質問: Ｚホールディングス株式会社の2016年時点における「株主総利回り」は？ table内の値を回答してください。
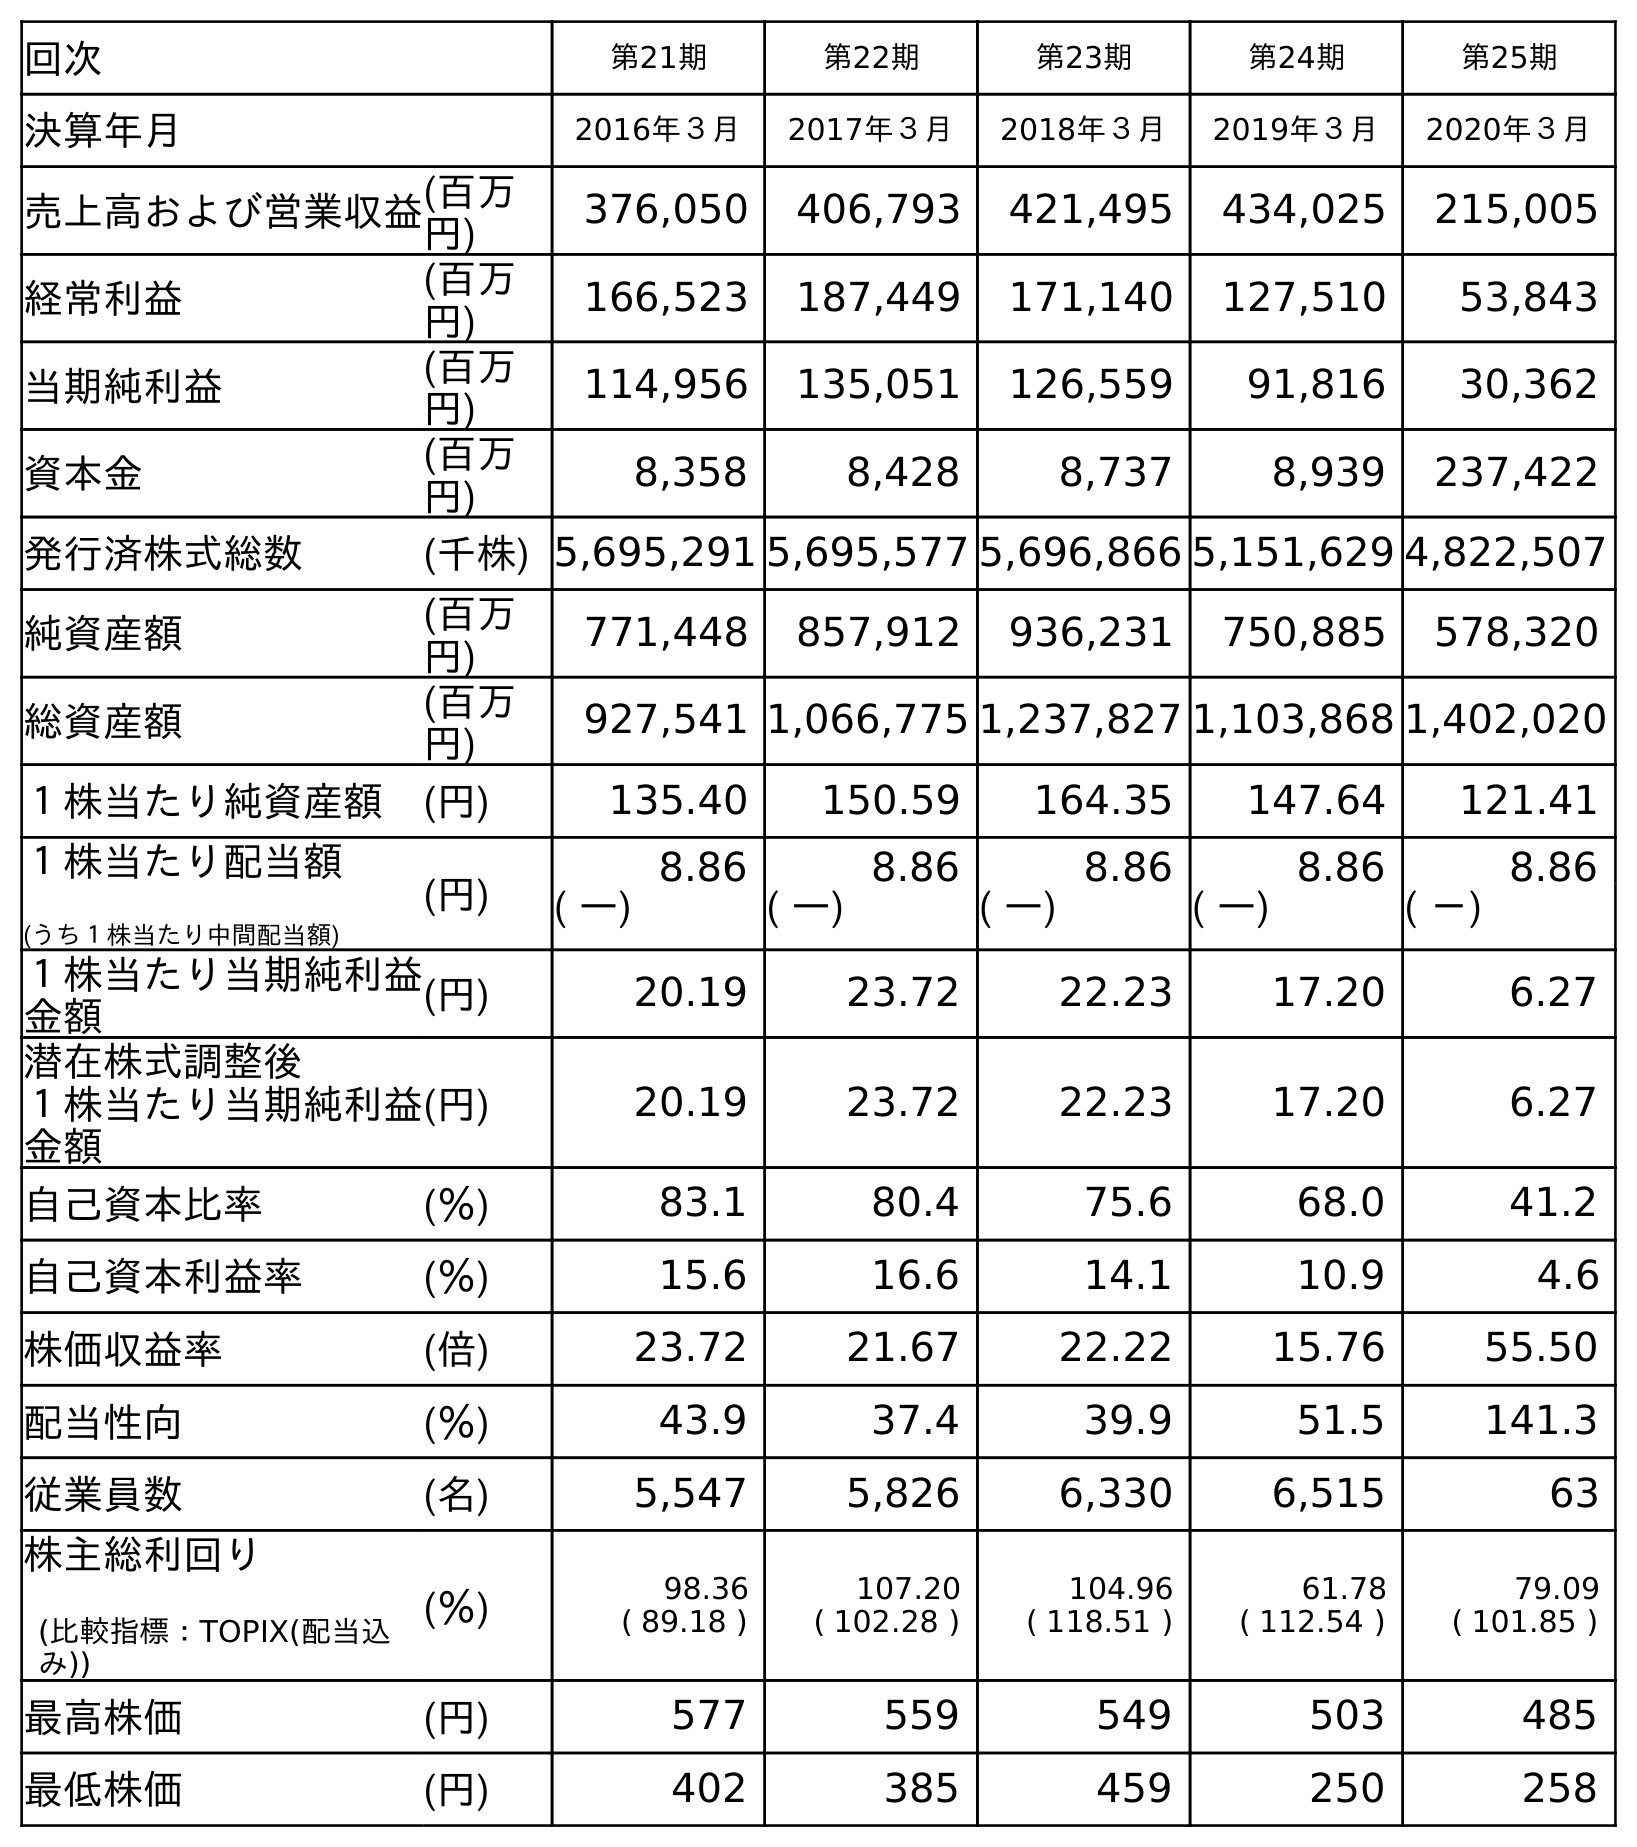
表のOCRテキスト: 回次 第21期 第22期 第23期 第24期 第25期 決算年月 2016年３月 2017年３月 2018年３月 2019年３月 2020年３月 売上高および営業収益(百万 円) 376,050 406,793 421,495 434,025 215,005 経常利益 (百万 円) 166,523 187,449 171,140 127,510 53,843 当期純利益 (百万 円) 114,956 135,051 126,559 91,816 30,362 資本金 (百万 円) 8,358 8,428 8,737 8,939 237,422 発行済株式総数 (千株) 5,695,291 5,695,577 5,696,866 5,151,629 4,822,507 純資産額 (百万 円) 771,448 857,912 936,231 750,885 578,320 総資産額 (百万 円) 927,541 1,066,775 1,237,827 1,103,868 1,402,020 １株当たり純資産額 (円) 135.40 150.59 164.35 147.64 121.41 １株当たり配当額 (うち１株当たり中間配当額) (円) 8.86 8.86 8.86 8.86 8.86 ( ―) ( ―) ( ―) ( ―) ( －) １株当たり当期純利益 金額 (円) 20.19 23.72 22.23 17.20 6.27 潜在株式調整後 １株当たり当期純利益 金額 (円) 20.19 23.72 22.23 17.20 6.27 自己資本比率 (％) 83.1 80.4 75.6 68.0 41.2 自己資本利益率 (％) 15.6 16.6 14.1 10.9 4.6 株価収益率 (倍) 23.72 21.67 22.22 15.76 55.50 配当性向 (％) 43.9 37.4 39.9 51.5 141.3 従業員数 (名) 5,547 5,826 6,330 6,515 63 株主総利回り (比較指標：TOPIX(配当込 み)) (％) 98.36 ( 89.18 ) 107.20 ( 102.28 ) 104.96 ( 118.51 ) 61.78 ( 112.54 ) 79.09 ( 101.85 ) 最高株価 (円) 577 559 549 503 485 最低株価 (円) 402 385 459 250 258
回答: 98.36(89.18)